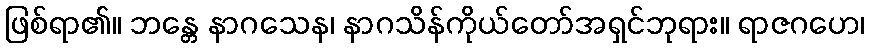
ဖြစ်ရာ၏။ ဘန္တေ နာဂသေန၊ နာဂသိန်ကိုယ်တော်အရှင်ဘုရား။ ရာဇဂဟေ၊